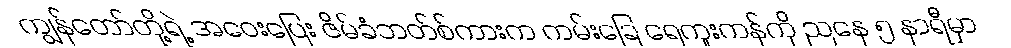
ကျွန်တော်တို့ရဲ့ အဝေးပြေး ဇိမ်ခံဘတ်စ်ကားက ကမ်းခြေ ရေကူးကန်ကို ညနေ ၅ နာရီမှာ